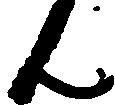
ん